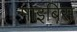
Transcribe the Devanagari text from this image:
माइबिस